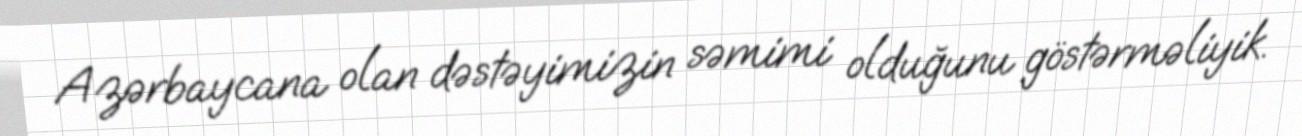
Azərbaycana olan dəstəyimizin səmimi olduğunu göstərməliyik.